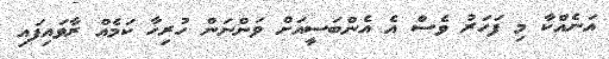
އަނެއްކާ މި ފަހަރު ވެސް އެ އެންބަސީއަށް ވަންނަން ހުރިހާ ކަމެއް ރާވައިފައި